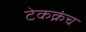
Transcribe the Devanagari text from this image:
टेकक्रंच